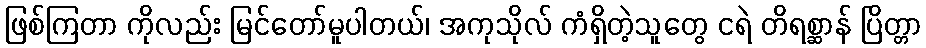
ဖြစ်ကြတာ ကိုလည်း မြင်တော်မူပါတယ်၊ အကုသိုလ် ကံရှိတဲ့သူတွေ ငရဲ တိရစ္ဆာန် ပြိတ္တာ